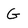
Character: G